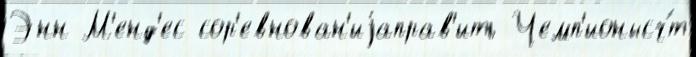
Энн М'енд'ес сор'евнован'иjаправ'ить Чемп'ионысч́т